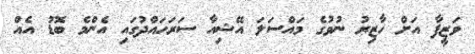
ވަޒީފާ އަށް ހާޒިރު ނުވުުގެ މައްސަލަ އޭޝިއާ ސަރަހައްދުުގައި އެންމެ ބޮޑު އެއް